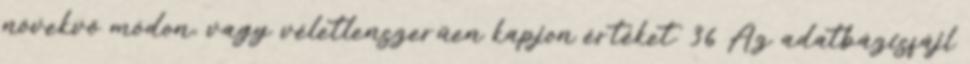
növekvő módon, vagy véletlenszerűen kapjon értéket. 36 Az adatbázisfájl